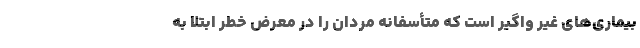
بیماری‌های غیر واگیر است که متأسفانه مردان را در معرض خطر ابتلا به